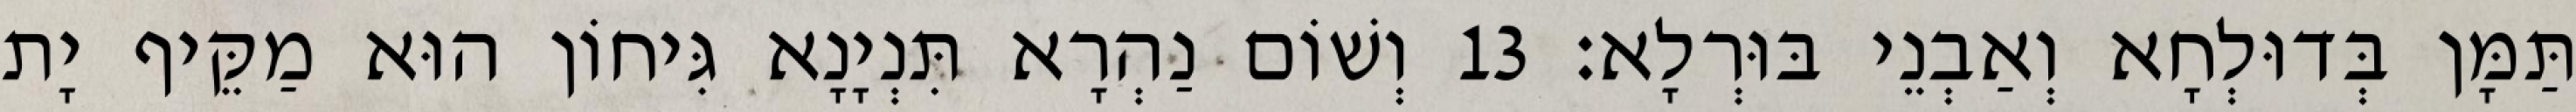
תַּמָּן בְּדוּלְחָא וְאַבְנֵי בּוּרְלָא׃ 13 וְשׁוֹם נַהְרָא תִּנְיָנָא גִּיחוֹן הוּא מַקֵּיף יָת